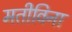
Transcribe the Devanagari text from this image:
मतीविना